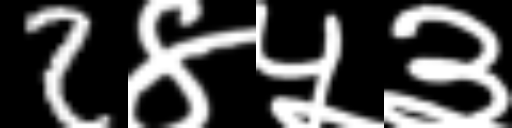
Text: 2४५३